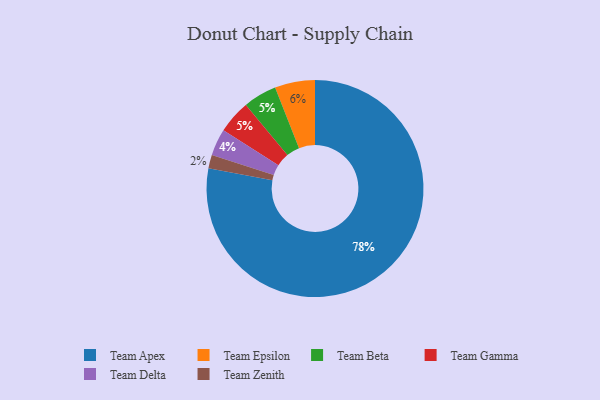
{"axis": {"x": "Category", "y": "Percentage"}, "legend": ["Team Apex", "Team Beta", "Team Delta", "Team Epsilon", "Team Gamma", "Team Zenith"], "data": [{"x": "Team Apex", "y": 78, "type": "Team Apex"}, {"x": "Team Beta", "y": 5, "type": "Team Beta"}, {"x": "Team Zenith", "y": 2, "type": "Team Zenith"}, {"x": "Team Delta", "y": 4, "type": "Team Delta"}, {"x": "Team Gamma", "y": 5, "type": "Team Gamma"}, {"x": "Team Epsilon", "y": 6, "type": "Team Epsilon"}]}